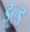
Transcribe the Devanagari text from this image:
इल्ड